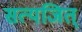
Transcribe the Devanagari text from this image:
सत्यजित्‌